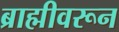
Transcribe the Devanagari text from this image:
ब्राह्मीवरून